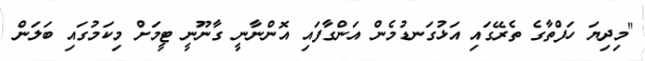
"މިދިޔަ ހަފްތާގެ ތެރޭގައި އަޅުގަނޑުމެން އަންގާފައި އޮންނާނީ ގާނޫނީ ޓީމަށް މިކަމުގައި ބަލަން